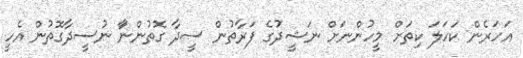
އަހަރެން ކަހަލަ ކިތަށް މީހުންނަށް ނަޝީދުގެ ފަރާތުން ސީދާ ގޮތުންނަާ ނުސީދާގޮތުން އެހީ